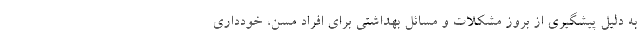
به دلیل پیشگیری از بروز مشکلات و مسائل بهداشتی برای افراد مسن، خودداری